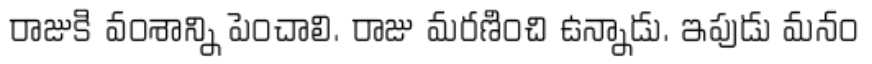
రాజుకి వంశాన్ని పెంచాలి. రాజు మరణించి ఉన్నాడు. ఇపుడు మనం